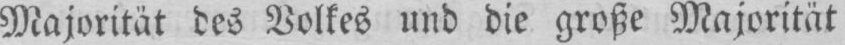
Majorität des Volkes und die große Majorität